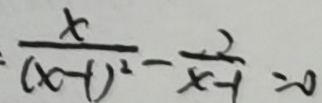
\frac { x } { ( x - 1 ) ^ { 2 } } - \frac { 2 } { x - 1 } = 0